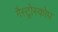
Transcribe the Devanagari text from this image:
गैस्ट्रोस्कोप